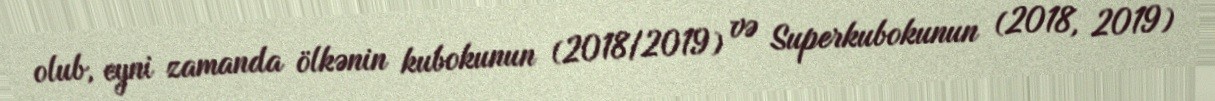
olub, eyni zamanda ölkənin kubokunun (2018/2019) və Superkubokunun (2018, 2019)